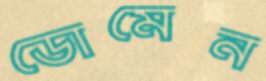
ডোমেন